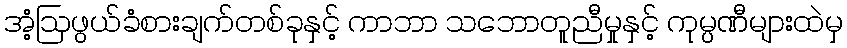
အံ့ဩဖွယ်ခံစားချက်တစ်ခုနှင့် ကာဘာ သဘောတူညီမှုနှင့် ကုမ္ပဏီများထဲမှ